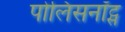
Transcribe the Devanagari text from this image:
पोलिसनॉट्स